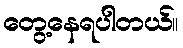
တွေ့နေရပါတယ်။